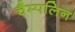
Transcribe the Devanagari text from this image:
चैम्पलिन